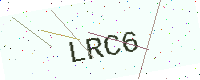
Text: LRC6